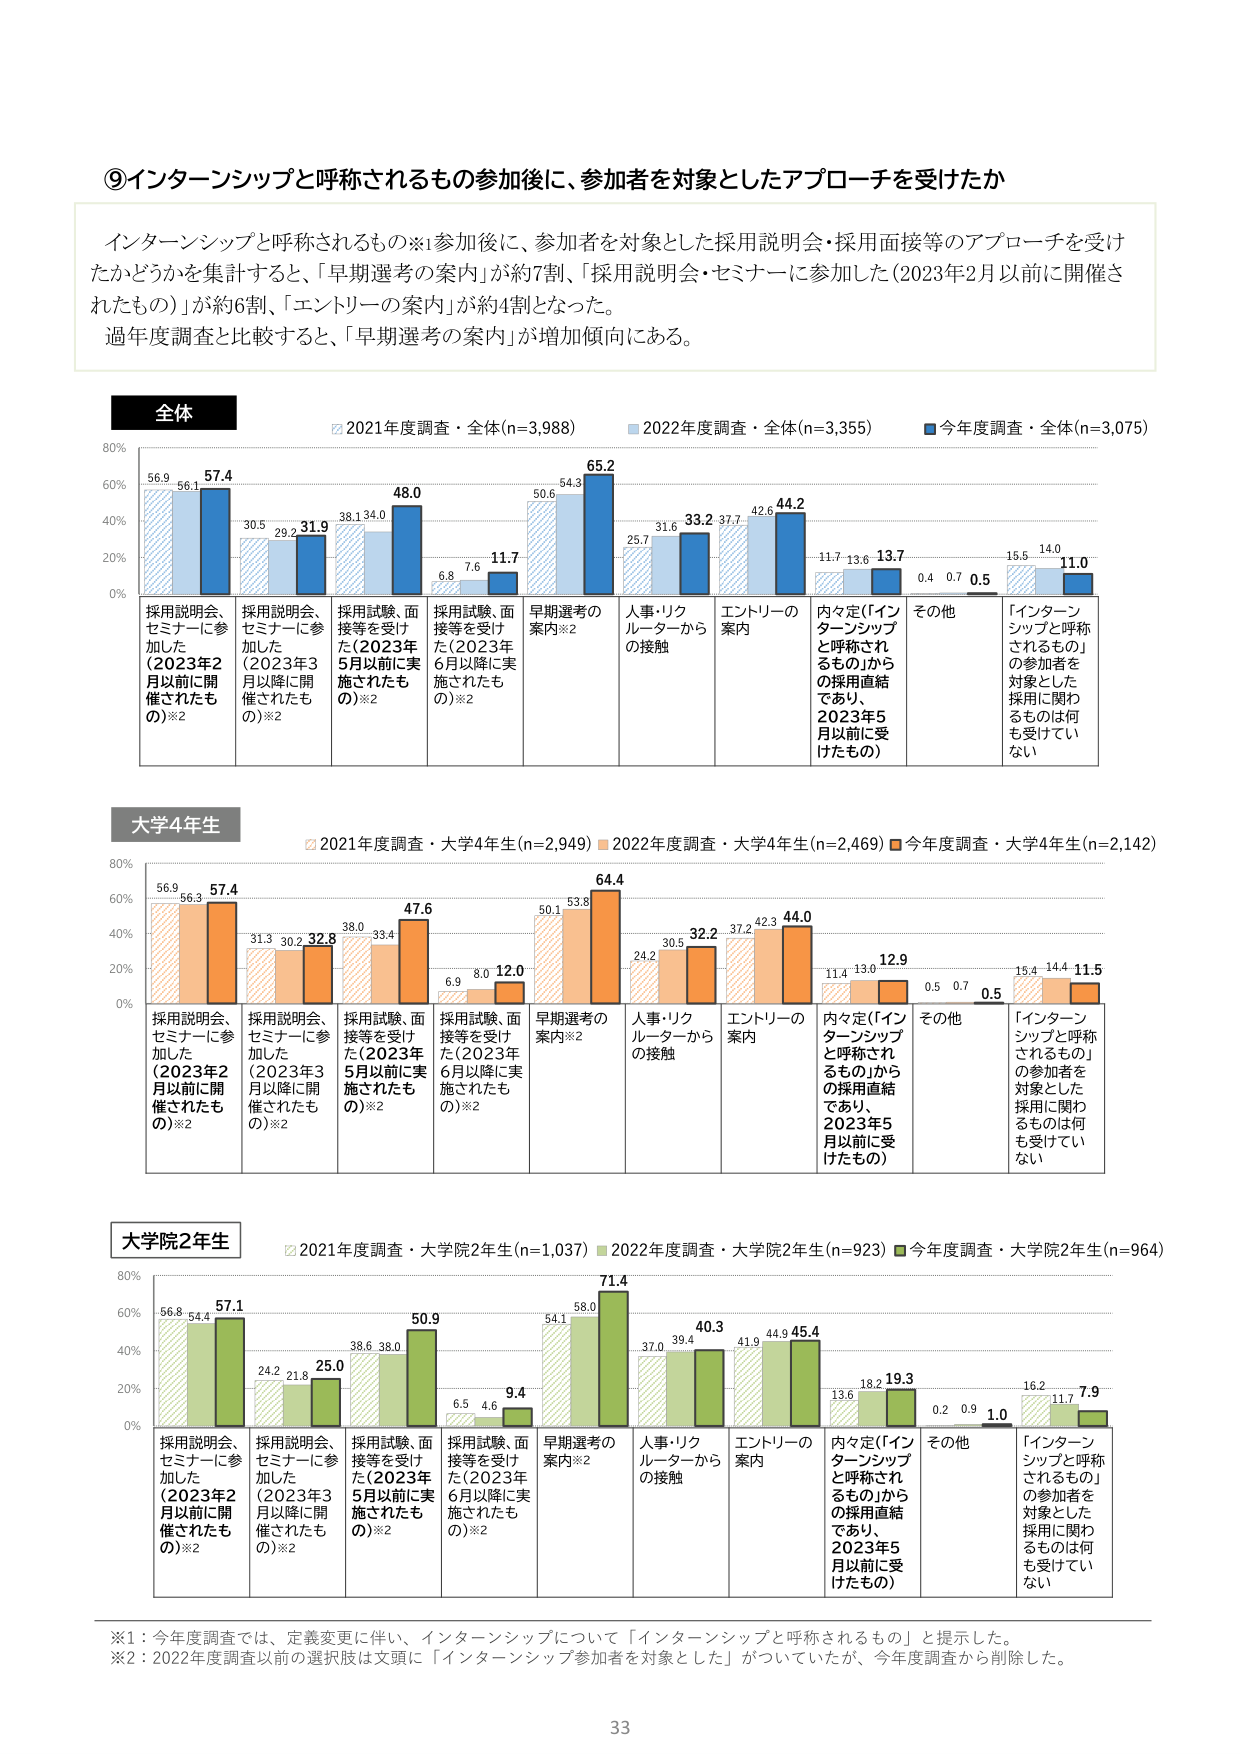
⑨インターンシップと呼称されるもの参加後に、参加者を対象としたアプローチを受けたか

インターンシップと呼称されるもの※:参加後に、参加者を対象とした採用説明会・採用面接等のアプローチを受けたかどうかを集計すると、「早期選考の案内」が約7割、「採用説明会・セミナーに参加した(2023年2月以前に開催されたもの)」が約6割、「エントリーの案内」が約4割となった。
過年度調査と比較すると、「早期選考の案内」が増加傾向にある。

全体
2021年度調査・全体(n=3,988)
2022年度調査・全体(n=3,355)
今年度調査・全体(n=3,075)

採用説明会、セミナーに参加した(2023年2月以前に開催されたもの)※2
56.9 56.1 57.4

採用説明会、セミナーに参加した(2023年3月以降に開催されたもの)※2
30.5 29.2 31.9

採用試験、面接等を受けた(2023年5月以前に実施されたもの)※2
38.1 34.0 48.0

採用試験、面接等を受けた(2023年6月以降に実施されたもの)※2
6.8 7.6 11.7

早期選考の案内※2
50.6 54.3 65.2

人事・リクルーターからの接触
25.7 31.6 33.2

エントリーの案内
37.7 42.6 44.2

内々定(「インターンシップと呼称されるもの」からの採用直結であり、2023年5月以前に受けたもの)
11.7 13.6 13.7

その他
0.4 0.7 0.5

「インターンシップと呼称されるもの」の参加者を対象とした採用に関わるものは何も受けていない
15.5 14.0 11.0

大学4年生
2021年度調査・大学4年生(n=2,949)
2022年度調査・大学4年生(n=2,469)
今年度調査・大学4年生(n=2,142)

採用説明会、セミナーに参加した(2023年2月以前に開催されたもの)※2
56.9 56.3 57.4

採用説明会、セミナーに参加した(2023年3月以降に開催されたもの)※2
31.3 30.2 32.8

採用試験、面接等を受けた(2023年5月以前に実施されたもの)※2
38.0 33.4 47.6

採用試験、面接等を受けた(2023年6月以降に実施されたもの)※2
6.9 8.0 12.0

早期選考の案内※2
50.1 53.8 64.4

人事・リクルーターからの接触
24.2 30.5 32.2

エントリーの案内
37.2 42.3 44.0

内々定(「インターンシップと呼称されるもの」からの採用直結であり、2023年5月以前に受けたもの)
11.4 13.0 12.9

その他
0.5 0.7 0.5

「インターンシップと呼称されるもの」の参加者を対象とした採用に関わるものは何も受けていない
15.4 14.4 11.5

大学院2年生
2021年度調査・大学院2年生(n=1,037)
2022年度調査・大学院2年生(n=923)
今年度調査・大学院2年生(n=964)

採用説明会、セミナーに参加した(2023年2月以前に開催されたもの)※2
56.8 54.4 57.1

採用説明会、セミナーに参加した(2023年3月以降に開催されたもの)※2
24.2 21.8 25.0

採用試験、面接等を受けた(2023年5月以前に実施されたもの)※2
38.6 38.0 50.9

採用試験、面接等を受けた(2023年6月以降に実施されたもの)※2
6.5 4.6 9.4

早期選考の案内※2
54.1 58.0 71.4

人事・リクルーターからの接触
37.0 39.4 40.3

エントリーの案内
41.9 44.9 45.4

内々定(「インターンシップと呼称されるもの」からの採用直結であり、2023年5月以前に受けたもの)
13.6 18.2 19.3

その他
0.2 0.9 1.0

「インターンシップと呼称されるもの」の参加者を対象とした採用に関わるものは何も受けていない
16.2 11.7 7.9

※1：今年度調査では、定義変更に伴い、インターンシップについて「インターンシップと呼称されるもの」と提示した。
※2：2022年度調査以前の選択肢は文頭に「インターンシップ参加者を対象とした」がついていたが、今年度調査から削除した。

33